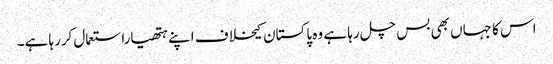
اس کا جہاں بھی بس چل رہا ہے وہ پاکستان کیخلاف اپنے ہتھیاراستعمال کررہا ہے۔